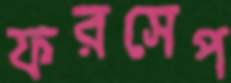
ফরসেপ